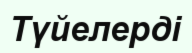
Түйелерді